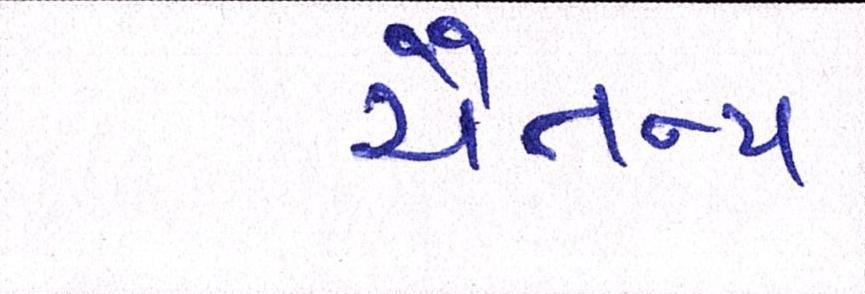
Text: ચૈતન્ય